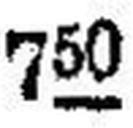
750